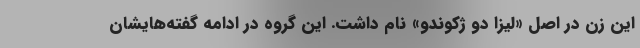
این زن در اصل «لیزا دو ژکوندو» نام داشت. این گروه در ادامه گفته‌هایشان